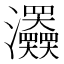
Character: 𤅹